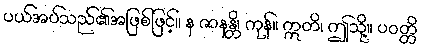
ပယ်အပ်သည်၏အဖြစ်ဖြင့်။ န ဇာနန္တိ၊ ကုန်။ ဣတိ၊ ဤသို့။ ပဝတ္တိ